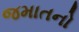
જમાતનો